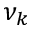
\nu _ { k }